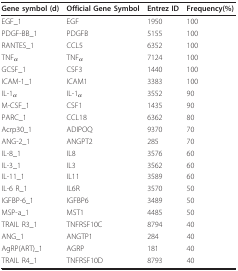
<table><thead><tr><td><b>Gene symbol (d)</b></td><td><b>Official Gene Symbol</b></td><td><b>Entrez ID</b></td><td><b>Frequency(%)</b></td></tr></thead><tbody><tr><td>EGF_1</td><td>EGF</td><td>1950</td><td>100</td></tr><tr><td>PDGF-BB_1</td><td>PDGFB</td><td>5155</td><td>100</td></tr><tr><td>RANTES_1</td><td>CCL5</td><td>6352</td><td>100</td></tr><tr><td>TNF<i><sub>α</sub></i></td><td>TNF<i><sub>α</sub></i></td><td>7124</td><td>100</td></tr><tr><td>GCSF_1</td><td>CSF3</td><td>1440</td><td>100</td></tr><tr><td>ICAM-1_1</td><td>ICAM1</td><td>3383</td><td>100</td></tr><tr><td>IL-1<i><sub>α</sub></i></td><td>IL-1<i><sub>α</sub></i></td><td>3552</td><td>90</td></tr><tr><td>M-CSF_1</td><td>CSF1</td><td>1435</td><td>90</td></tr><tr><td>PARC_1</td><td>CCL18</td><td>6362</td><td>80</td></tr><tr><td>Acrp30_1</td><td>ADIPOQ</td><td>9370</td><td>70</td></tr><tr><td>ANG-2_1</td><td>ANGPT2</td><td>285</td><td>70</td></tr><tr><td>IL-8_1</td><td>IL8</td><td>3576</td><td>60</td></tr><tr><td>IL-3_1</td><td>IL3</td><td>3562</td><td>60</td></tr><tr><td>IL-11_1</td><td>IL11</td><td>3589</td><td>60</td></tr><tr><td>IL-6 R_1</td><td>IL6R</td><td>3570</td><td>50</td></tr><tr><td>IGFBP-6_1</td><td>IGFBP6</td><td>3489</td><td>50</td></tr><tr><td>MSP-a_1</td><td>MST1</td><td>4485</td><td>50</td></tr><tr><td>TRAIL R3_1</td><td>TNFRSF10C</td><td>8794</td><td>40</td></tr><tr><td>ANG_1</td><td>ANGTP1</td><td>284</td><td>40</td></tr><tr><td>AgRP(ART)_1</td><td>AGRP</td><td>181</td><td>40</td></tr><tr><td>TRAIL R4_1</td><td>TNFRSF10D</td><td>8793</td><td>40</td></tr></tbody></table>